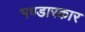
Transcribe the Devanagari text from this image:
भण्डारकार